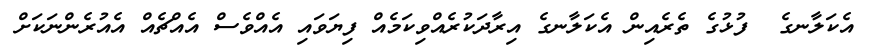
އެކަލާނގެ  ފުޅުގެ ތެރެއިން އެކަލާނގެ އިރާދަކުރެއްވިކަމެއް ފިޔަވައި އެއްވެސް އެއްޗެއް އެއުރެންނަކަށް